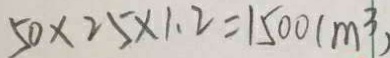
5 0 \times 2 5 \times 1 . 2 = 1 5 0 0 ( m ^ { 3 } )